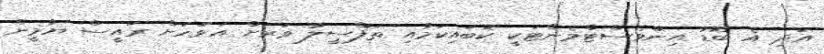
އަދި އެ ބޮޑު އިންވެސްޓްމެންޓަކީ ކޮބައިކަމާއި ތަފްސީލު ވަރަށް އަވަހަށް ރައީސް ޔާމީން